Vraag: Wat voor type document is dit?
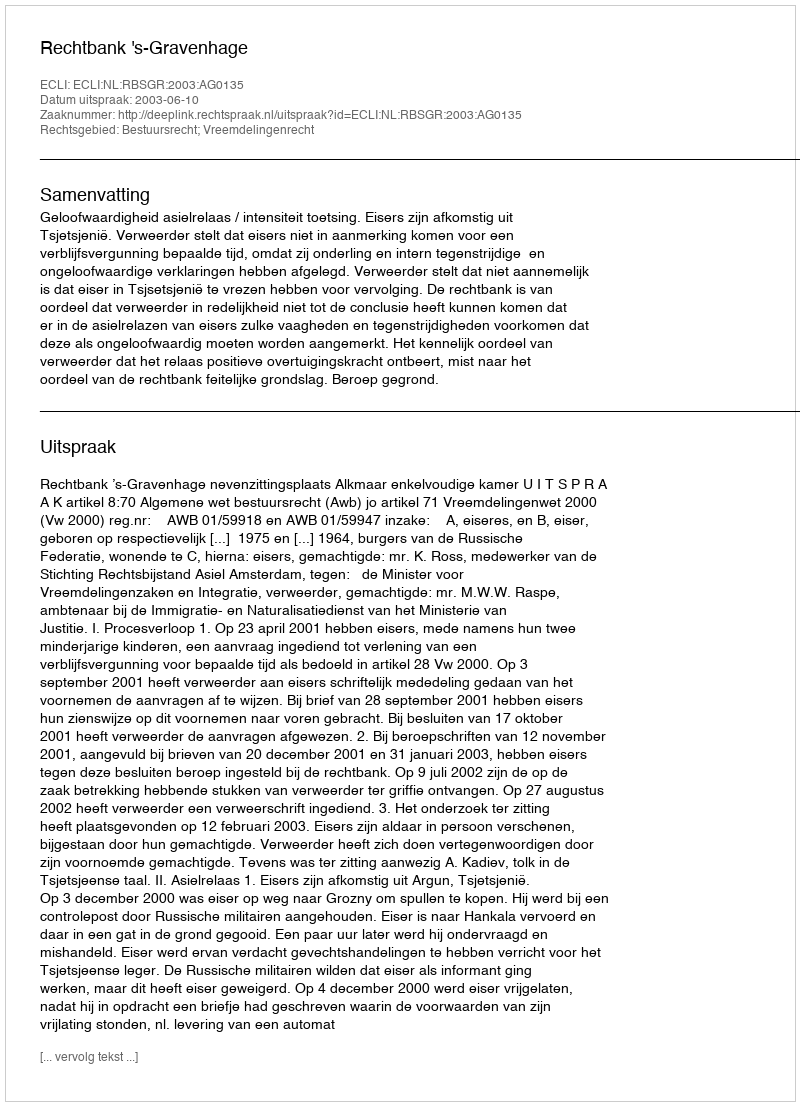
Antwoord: Uitspraak